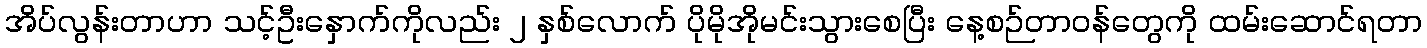
အိပ်လွန်းတာဟာ သင့်ဦးနှောက်ကိုလည်း ၂ နှစ်လောက် ပိုမိုအိုမင်းသွားစေပြီး နေ့စဉ်တာဝန်တွေကို ထမ်းဆောင်ရတာ